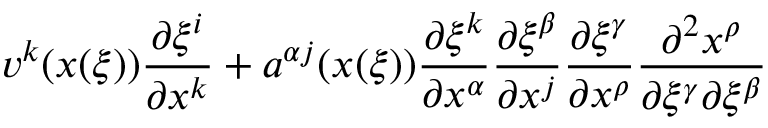
v ^ { k } ( \boldsymbol { x } ( \boldsymbol { \xi } ) ) \frac { \partial \xi ^ { i } } { \partial x ^ { k } } + a ^ { \alpha j } ( \boldsymbol { x } ( \boldsymbol { \xi } ) ) \frac { \partial \xi ^ { k } } { \partial x ^ { \alpha } } \frac { \partial \xi ^ { \beta } } { \partial x ^ { j } } \frac { \partial \xi ^ { \gamma } } { \partial x ^ { \rho } } \frac { \partial ^ { 2 } x ^ { \rho } } { \partial \xi ^ { \gamma } \partial \xi ^ { \beta } }